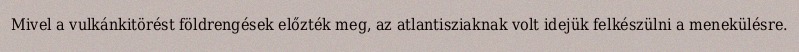
Mivel a vulkánkitörést földrengések előzték meg, az atlantisziaknak volt idejük felkészülni a menekülésre.